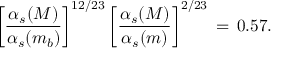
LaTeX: \left[ \frac { \alpha _ { s } ( M ) } { \alpha _ { s } ( m _ { b } ) } \right] ^ { 1 2 / 2 3 } \left[ \frac { \alpha _ { s } ( M ) } { \alpha _ { s } ( m ) } \right] ^ { 2 / 2 3 } \, = \, 0 . 5 7 .